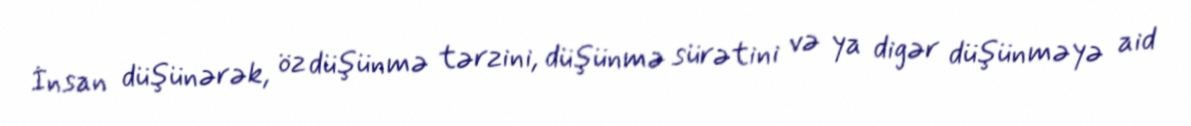
İnsan düşünərək, öz düşünmə tərzini, düşünmə sürətini və ya digər düşünməyə aid